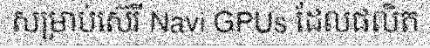
សម្រាប់ស៊េរី Navi GPUs ដែលផលិត